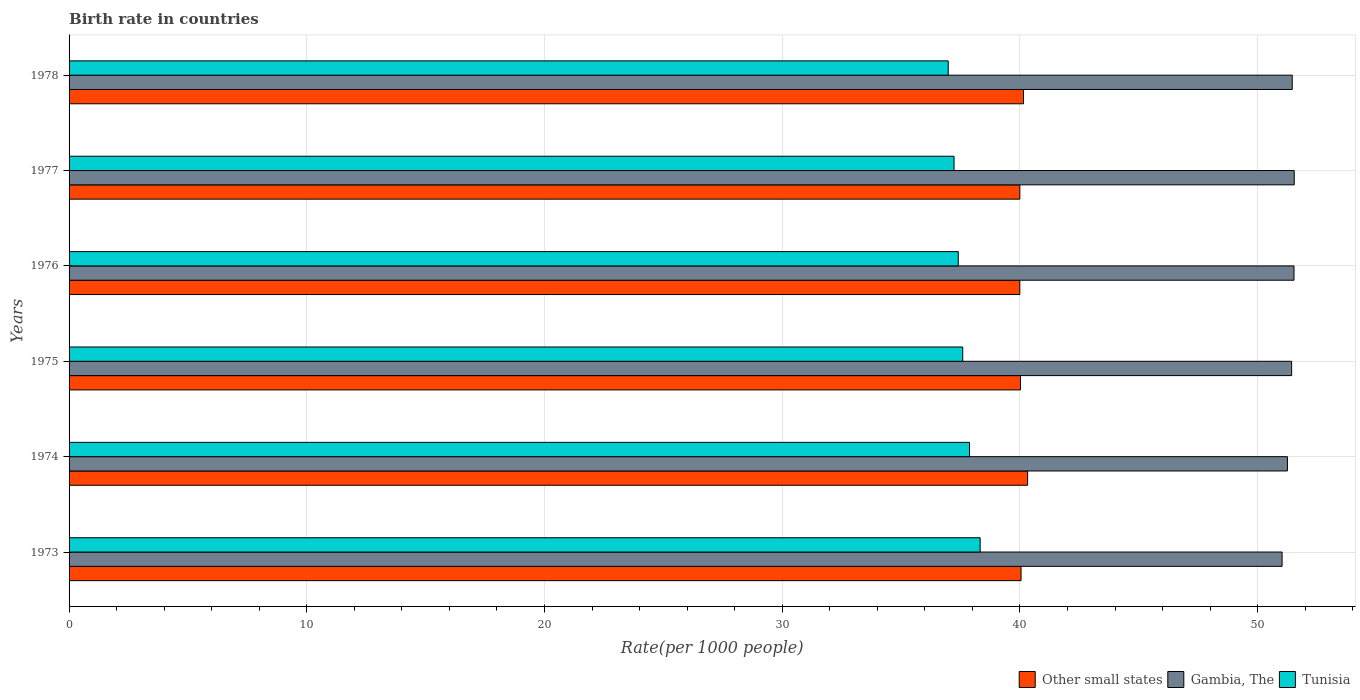
| Years | Other small states | Gambia, The | Tunisia |
 | --- | --- | --- | --- |
 | 1973 | 40 | 51 | 38.3 |
 | 1974 | 40.3 | 51.3 | 37.9 |
 | 1975 | 40 | 51.4 | 37.6 |
 | 1976 | 40 | 51.5 | 37.4 |
 | 1977 | 40 | 51.5 | 37.2 |
 | 1978 | 40.2 | 51.5 | 37 |